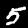
Digit: 5